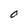
Character: O